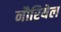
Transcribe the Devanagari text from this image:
नौरियेल